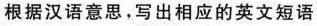
根据汉语意思，写出相应的英文短语